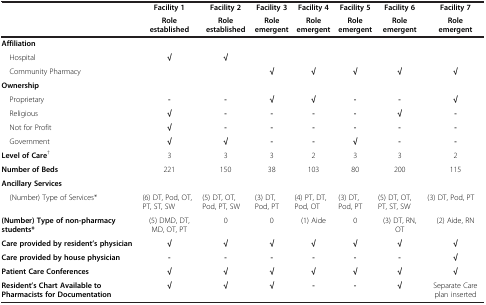
|  | Facility 1 | Facility 2 | Facility 3 | Facility 4 | Facility 5 | Facility 6 | Facility 7 |
 |  | Role established | Role established | Role emergent | Role emergent | Role emergent | Role emergent | Role emergent |
 | --- | --- | --- | --- | --- | --- | --- | --- |
 | Affiliation |  |  |  |  |  |  |  |
 | Hospital | √ | √ |  |  |  |  |  |
 | Community Pharmacy |  |  | √ | √ | √ | √ | √ |
 | Ownership |  |  |  |  |  |  |  |
 | Proprietary | - | - | √ | √ | - | - | √ |
 | Religious | √ | - | - | - | - | √ | - |
 | Not for Profit | √ | - | - | - | - | - | - |
 | Government | √ | √ | - | - | √ | - | - |
 | Level of Care† | 3 | 3 | 3 | 2 | 3 | 3 | 2 |
 | Number of Beds | 221 | 150 | 38 | 103 | 80 | 200 | 115 |
 | Ancillary Services |  |  |  |  |  |  |  |
 | (Number) Type of Services* | (6) DT, Pod, OT, PT, ST, SW | (5) DT, OT, Pod, PT, SW | (3) DT, Pod, PT | (4) PT, DT, Pod, OT | (3) DT, Pod, PT | (5) DT, OT, PT, ST, SW | (3) DT, Pod, PT |
 | (Number) Type of non-pharmacy students* | (5) DMD, DT, MD, OT, PT | 0 | 0 | (1) Aide | 0 | (3) DT, RN, OT | (2) Aide, RN |
 | Care provided by resident’s physician | √ | √ | √ | √ | √ | √ | √ |
 | Care provided by house physician | - | - | - | - | - | - | √ |
 | Patient Care Conferences | √ | √ | √ | √ | √ | √ | √ |
 | Resident’s Chart Available to Pharmacists for Documentation | √ | √ | √ | - | - | √ | Separate Care plan inserted |